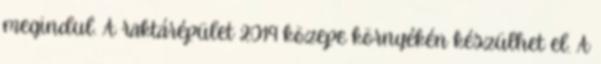
megindul. A raktárépület 2019 közepe környékén készülhet el. A